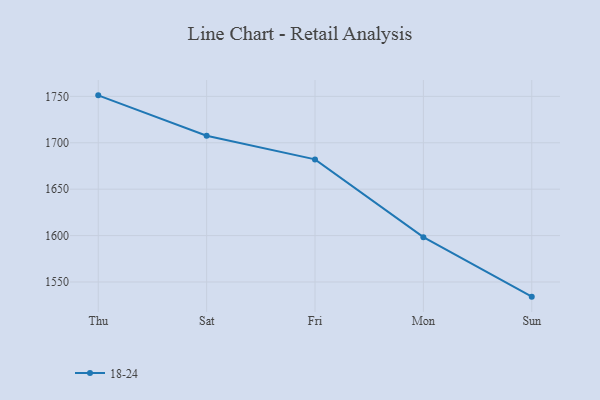
{"axis": {"x": "Day", "y": "Humidity (%)"}, "legend": ["18-24"], "data": [{"x": "Thu", "y": 1751.1, "type": "18-24"}, {"x": "Sat", "y": 1707.6, "type": "18-24"}, {"x": "Fri", "y": 1682.1, "type": "18-24"}, {"x": "Mon", "y": 1598.3, "type": "18-24"}, {"x": "Sun", "y": 1534.2, "type": "18-24"}]}